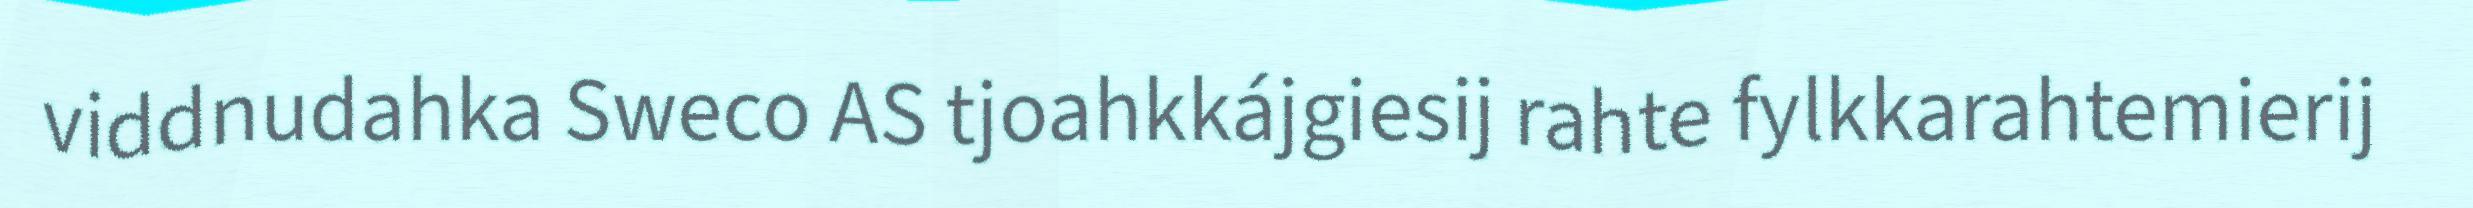
viddnudahka Sweco AS tjoahkkájgiesij rahte fylkkarahtemierij